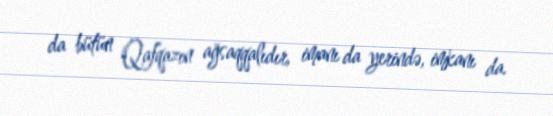
da bütün Qafqazın ağsaqqalıdır, imanı da yerində, imkanı da.